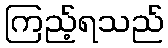
ကြည့်ရသည်